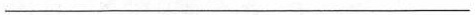
___